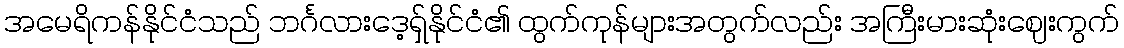
အမေရိကန်နိုင်ငံသည် ဘင်္ဂလားဒေ့ရှ်နိုင်ငံ၏ ထွက်ကုန်များအတွက်လည်း အကြီးမားဆုံးဈေးကွက်